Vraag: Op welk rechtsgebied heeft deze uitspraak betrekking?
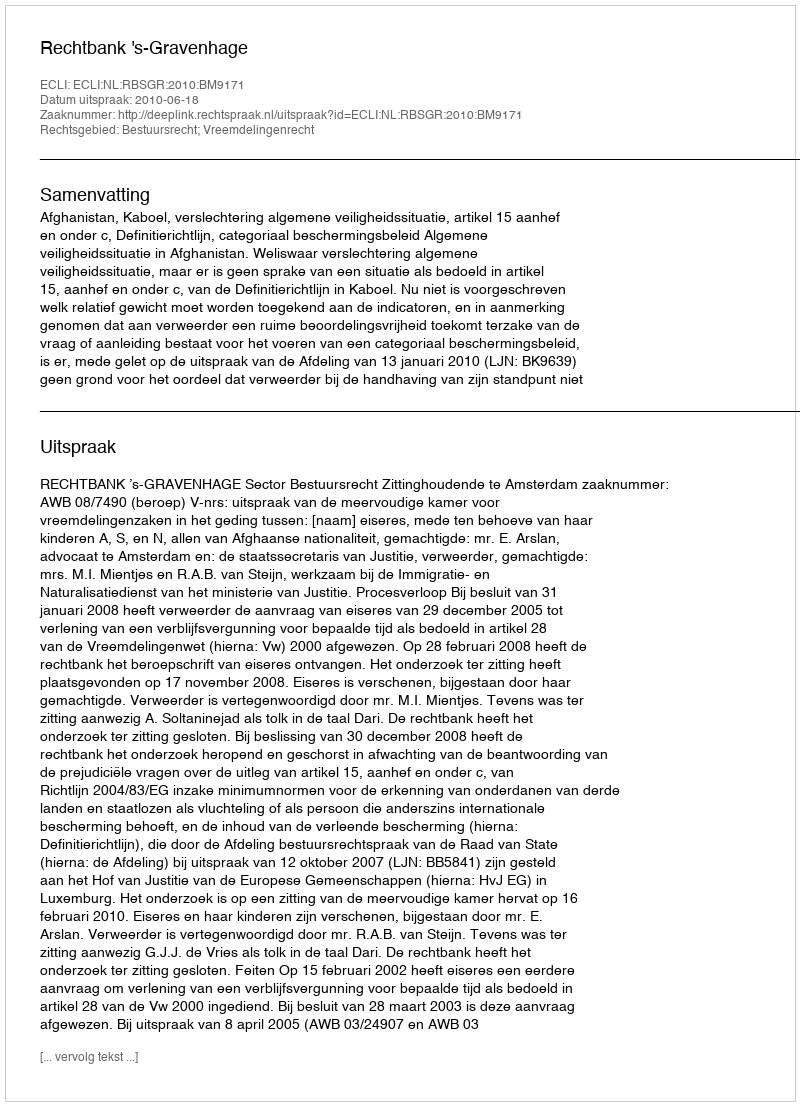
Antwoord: Bestuursrecht; Vreemdelingenrecht